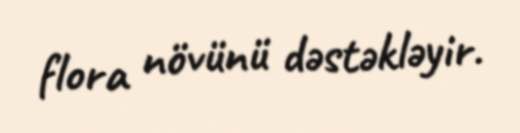
flora növünü dəstəkləyir.